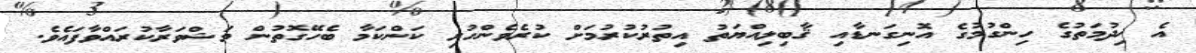
އެ ޚިދުމަތުގެ ހިންގުމުގެ އޮނިގަނޑާއި ޤާބިލިއްޔަތު އިތުރުކުރުމަށް ކުރެވެންހުރި ކަންކަމާ ބެހޭގޮތުން މަޝްވަރާކުރައްވާފައެވެ.